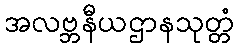
အလဗ္ဘနီယဌာနသုတ္တံ